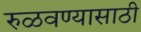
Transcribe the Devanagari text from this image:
रुळवण्यासाठी